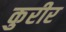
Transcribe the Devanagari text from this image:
कुरीर